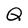
Character: Q